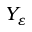
Y _ { \varepsilon }